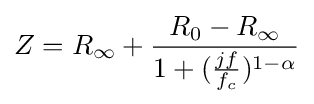
Z=R_{\infty }+{\frac {R_{0}-R_{\infty }}{1+({\tfrac {jf}{f_{c}}})^{1-\alpha }}}